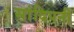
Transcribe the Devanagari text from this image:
सांदिपनी